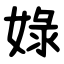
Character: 娽